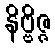
နိဗ္ဗိဇ္ဇ